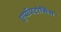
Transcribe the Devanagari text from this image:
एपॉपटोसिस